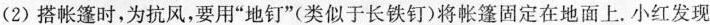
(2)搭帐篷时，为抗风，要用”地钉”(类似于长铁钉)将帐篷固定在地面上。小红发现